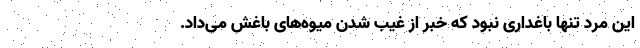
این مرد تنها باغداری نبود که خبر از غیب شدن میوه‌های باغش می‌داد.